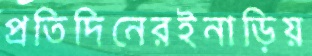
প্রতিদিনেরইনাড়িয়